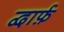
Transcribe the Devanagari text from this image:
द्वार्फ़